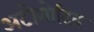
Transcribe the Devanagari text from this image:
अटोमोटिव